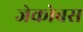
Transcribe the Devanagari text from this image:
जेकोबस